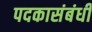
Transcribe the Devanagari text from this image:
पदकासंबंधी